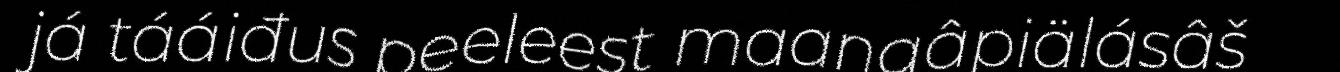
já tááiđus peeleest maaŋgâpiälásâš